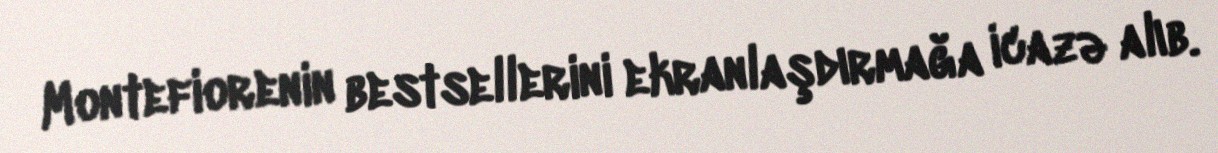
Montefiorenin bestsellerini ekranlaşdırmağa icazə alıb.